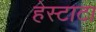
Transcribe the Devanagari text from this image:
हेस्टाटा